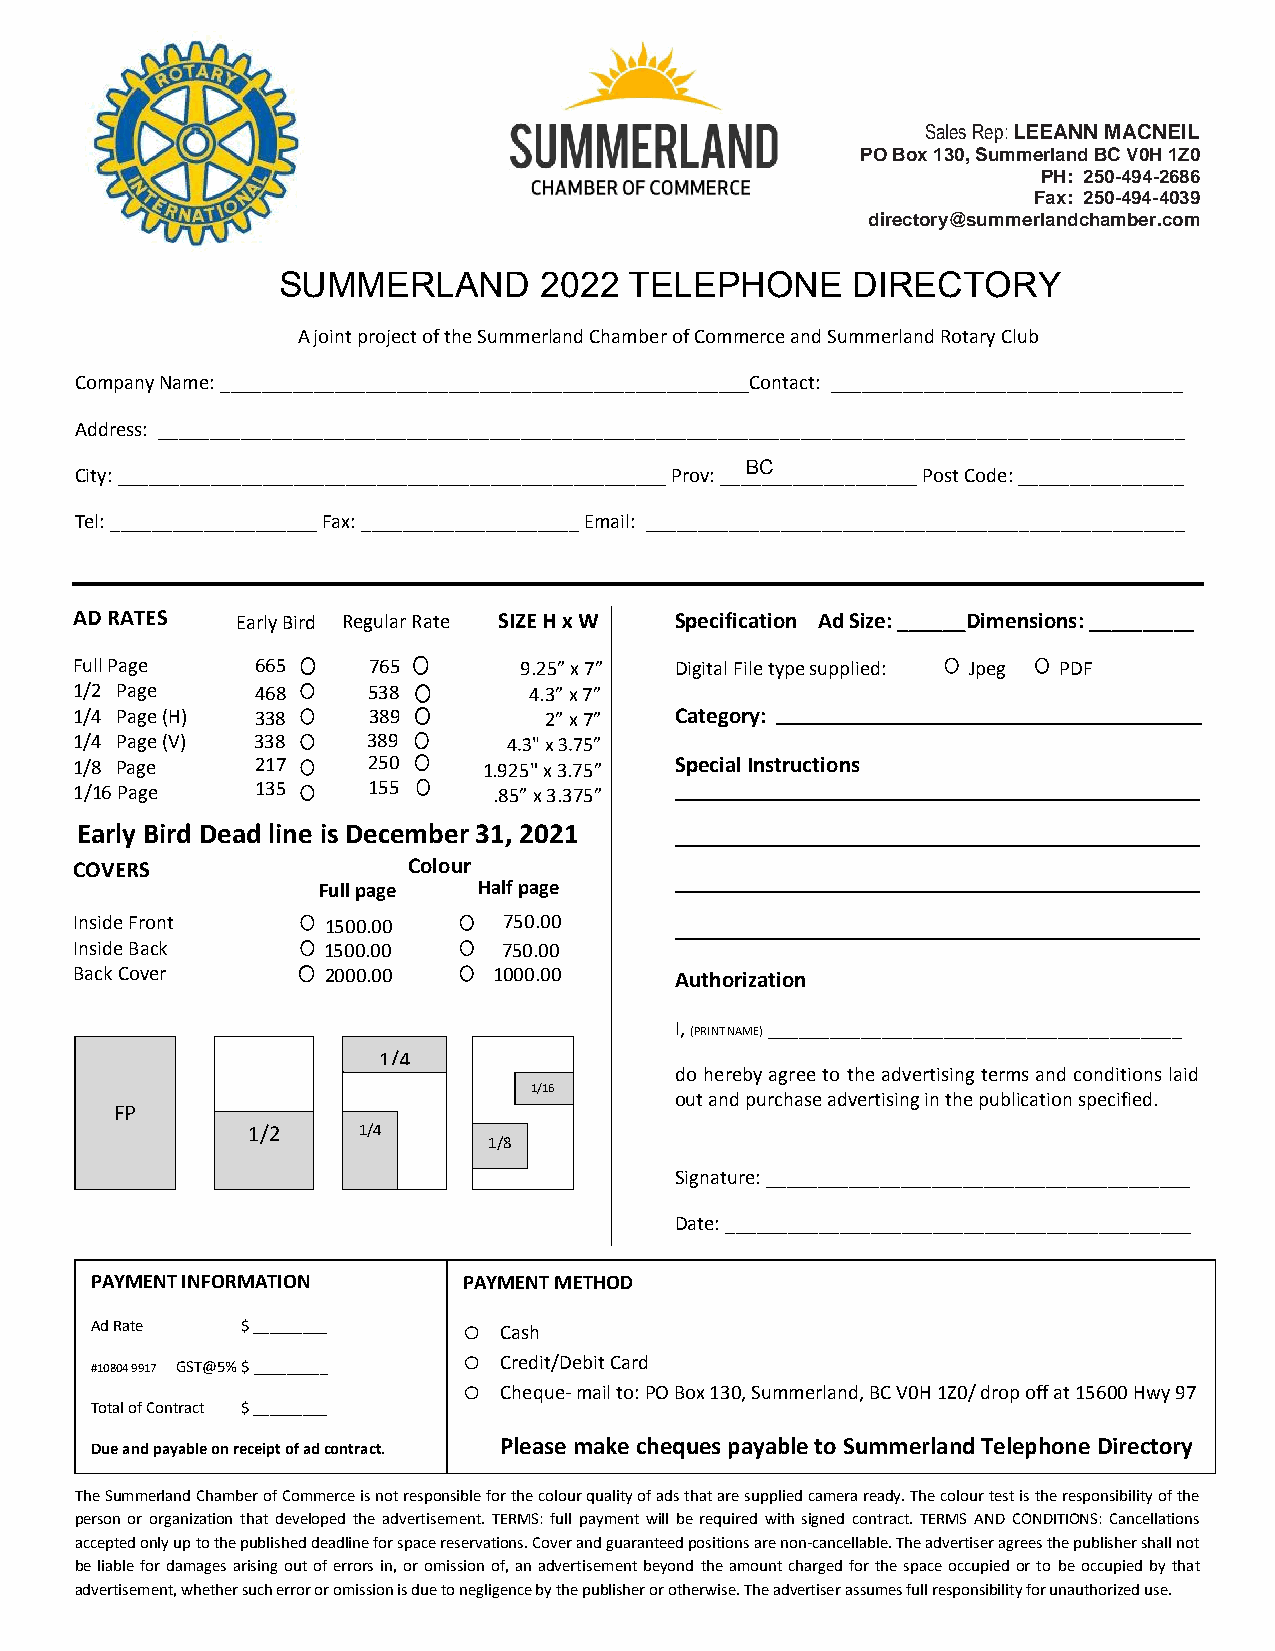
Sales Rep: LEEANN MACNEIL
 PO Box 130, Summerland BC V0H 1Z0
 PH: 250-494-2686
 Fax: 250-494-4039
 directory@summerlandchamber.com
 SUMMERLAND        2022  TELEPHONE      DIRECTORY
 A joint project of the Summerland Chamber of Commerce and Summerland Rotary Club
 Company Name: ___________________________________________________Contact: __________________________________
 Address: ___________________________________________________________________________________________________
 City: _____________________________________________________ Prov: ___B_C_______________ Post Code: ________________
 Tel: ____________________ Fax: _____________________ Email: ____________________________________________________
 AD RATES   Early Bird Regular Rate SIZE H x W Specification Ad Size: ______Dimensions: __________
 Full Page   665    765       9.25” x 7” Digital File type supplied: Jpeg PDF
 1/2 Page    468    538        4.3” x 7”
 1/4 Page (H) 338   389         2” x 7”  Category:
 1/4 Page (V) 338   389       4.3" x 3.75”
 1/8 Page    217    250     1.925" x 3.75” Special Instructions
 1/16 Page   135    155      .85” x 3.375”
 Early Bird Dead line is December 31, 2021
 COVERS                Colour
 Full page  Half page
 Inside Front    1500.00     750.00
 Inside Back     1500.00     750.00
 Back Cover      2000.00     1000.00     Authorization
 I, (PRINT NAME) ________________________________________
 1/4
 do hereby agree to the advertising terms and conditions laid
 1/16
 out and purchase advertising in the publication specified.
 FP
 1/2     1/4
 1/8
 Signature: _________________________________________
 Date: _____________________________________________
 PAYMENT INFORMATION      PAYMENT METHOD
 Ad Rate   $ _________    o Cash
 o
 #10804 9917 GST@5% $ _________ Credit/Debit Card
 o
 Cheque- mail to: PO Box 130, Summerland, BC V0H 1Z0/ drop off at 15600 Hwy 97
 Total of Contract $ _________
 p                           Please make cheques payable to Summerland Telephone Directory
 Due and payable on receipt of ad contract.
 The Summerland Chamber of Commerce is not responsible for the colour quality of ads that are supplied camera ready. The colour test is the responsibility of the
 person or organization that developed the advertisement. TERMS: full payment will be required with signed contract. TERMS AND CONDITIONS: Cancellations
 accepted only up to the published deadline for space reservations. Cover and guaranteed positions are non-cancellable. The advertiser agrees the publisher shall not
 be liable for damages arising out of errors in, or omission of, an advertisement beyond the amount charged for the space occupied or to be occupied by that
 advertisement, whether such error or omission is due to negligence by the publisher or otherwise. The advertiser assumes full responsibility for unauthorized use.